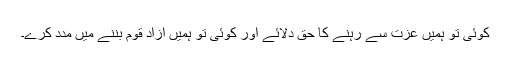
کوئی تو ہمیں عزت سے رہنے کا حق دلائے اور کوئی تو ہمیں آزاد قوم بننے میں مدد کرے۔